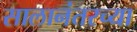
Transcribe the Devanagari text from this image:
सालानंतरच्या